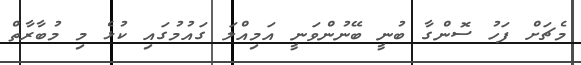
މެޗަށް ފަހު ސޮންގާ ބުނީ ބޭނުންވަނީ އަމިއްލަ ގައުމުގައި ކުޅެ މި މުބާރާތް